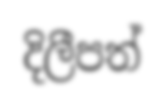
දිලීපත්